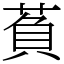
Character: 萯